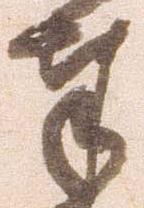
奉